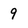
Character: 9